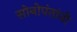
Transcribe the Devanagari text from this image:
सोनोपंतांनी